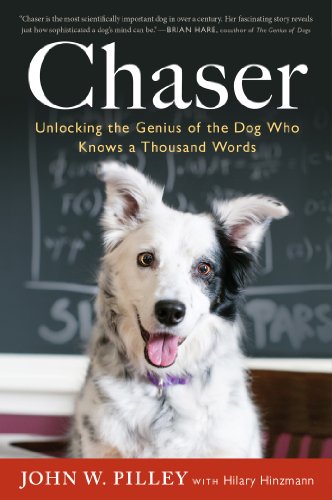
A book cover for Chaser: Unlocking the Genius of the Dog Who Knows a Thousand Words; Dr. John W. Pilley Jr. Ph.D; Crafts, Hobbies & Home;